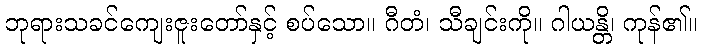
ဘုရားသခင်ကျေးဇူးတော်နှင့် စပ်သော။ ဂီတံ၊ သီချင်းကို။ ဂါယန္တိ၊ ကုန်၏။